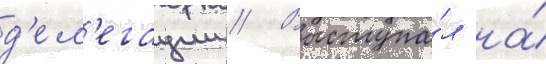
д'ел'егации // Выступа́л на́